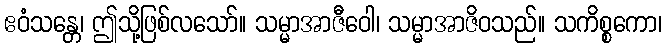
ဧဝံသန္တေ၊ ဤသို့ဖြစ်လသော်။ သမ္မာအာဇီဝေါ၊ သမ္မာအာဇိဝသည်။ သကိစ္စကော၊